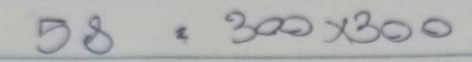
58 = 300x300